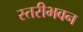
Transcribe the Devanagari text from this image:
स्तरीभवन